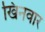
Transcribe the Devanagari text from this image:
खिनवार